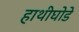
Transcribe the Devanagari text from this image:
हाथीघोडे